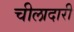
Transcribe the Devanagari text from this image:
चीलादारी